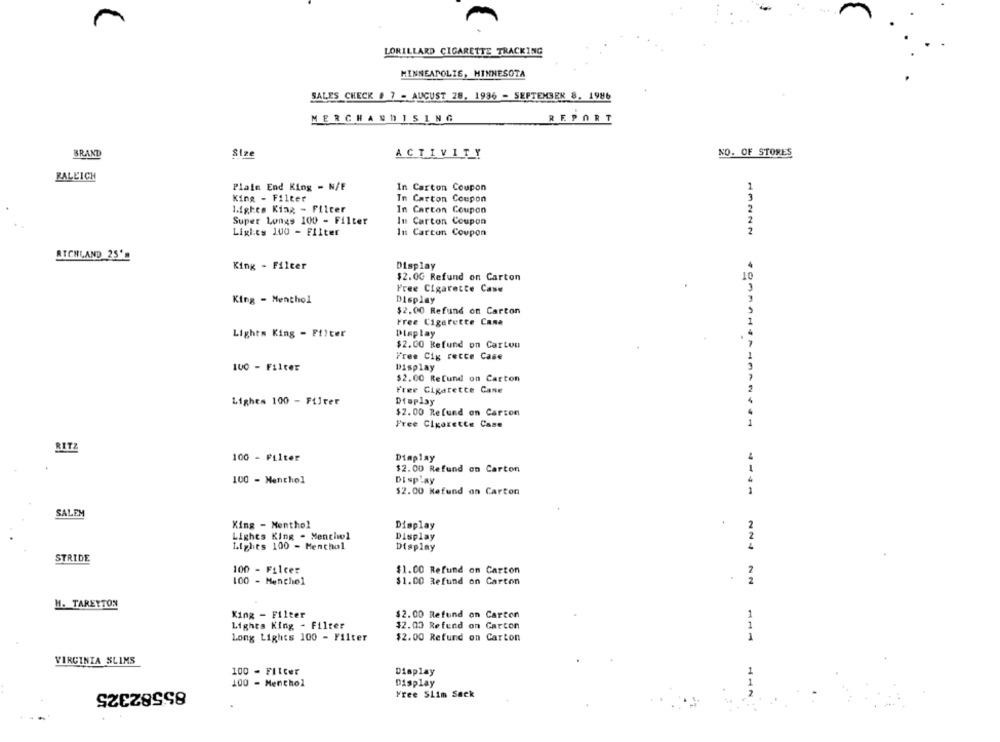
LORILLARD CIGARETTE TRACKING
MINNEAPOLIS, MINNESOTA
SALES CHECK # 7 - AUGUST 28. 1996 - SEPTEMBER 8. 1986
MERCHANDISING
REPORT
BRAND
Size
ACTIVITY
NO. OF STORES
KALEICH
Plain End King - N/F
In Carton Coupon
1
King - Filter
In Carton Coupon
3
Lights King - Filter
2
In Carton Coupon
Super Longs 100 - Filter
In Carton Coupon
2
Lights 100 - Filter
In Carton Coupon
RICHLAND 25-
King - Filter
Display
$2.0G Refund on Carton
Free Cigarette Case
King - Menthol
Display
$2.00 Refund on Carton
Free Cigarette Cana
Lights King - Filter
Display
$2.00 Refund on Carton
Free Cig recce Case
100 - Filter
Display
$2.00 Refund on Carton
Free Cigarette Gane
Lighes 100 - Filter
Dtoplay
$2.00 Refund on Carson
Free Cigarette Case
RITZ
100 - Filter
Dimplay
$2.00 Refund on Carton
100 - Menthol
Display
$2.00 Nefund on Carton
SALEM
King - Menthol
Display
Lights King . Menchil
Display
Lights 100 - Menthol
Display
STRIDE
100 - Fileer
$1.00 Refund on Carton
100 - Menchol
$1.CO Refund on Carton
H. TAREYTON
King - Filter
$2.00 Refund on Carton
Lights King - Filter
$2.00 Refend on Carton
Long Lights 100 - Filter
$2.00 Refund on Carton
VIRGINIA SLIMS
100 - Filter
Display
100 - Menthol
Display
85582325
Free Slim Sack